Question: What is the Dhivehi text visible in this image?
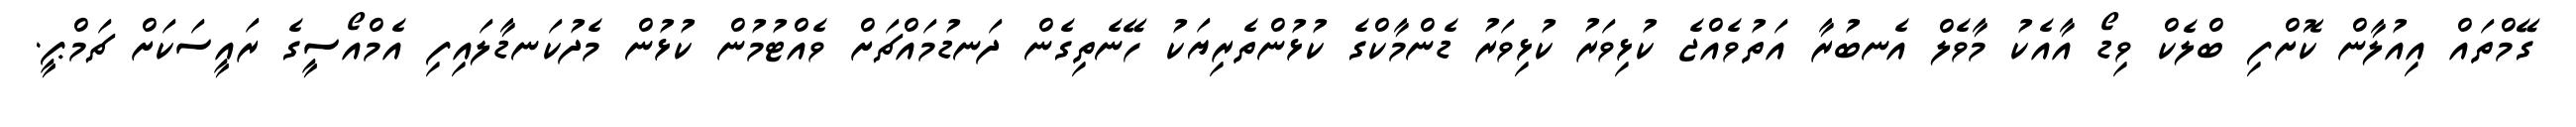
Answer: ގޭމްތައް އިއުލާން ކޮށްފި ބްލެކް ވިޑޯ އާއެކު މާވެލް އެނބުރާ އަތުވެއްޖެ ކުޅިވަރު ކުޅިވަރު ޑެންމާކްގެ ކުޅުންތެރިޔަކު ހޭނެތިގެން ދަނޑުމައްޗަށް ވެއްޓުމުން ކުޅުން މެދުކަނޑާލައިފި އެމްއޯސީގެ ރައީސަކަށް ޗަމްޕީ.